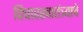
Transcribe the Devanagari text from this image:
विचारस्वातंत्र्याचे